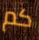
كم